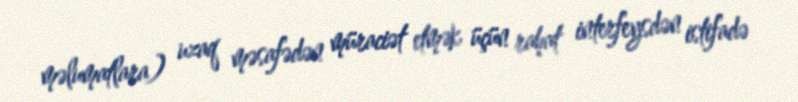
məlumatlara) uzaq məsafədən müraciət etmək üçün rahat interfeysdən istifadə